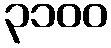
၃၁၀၀